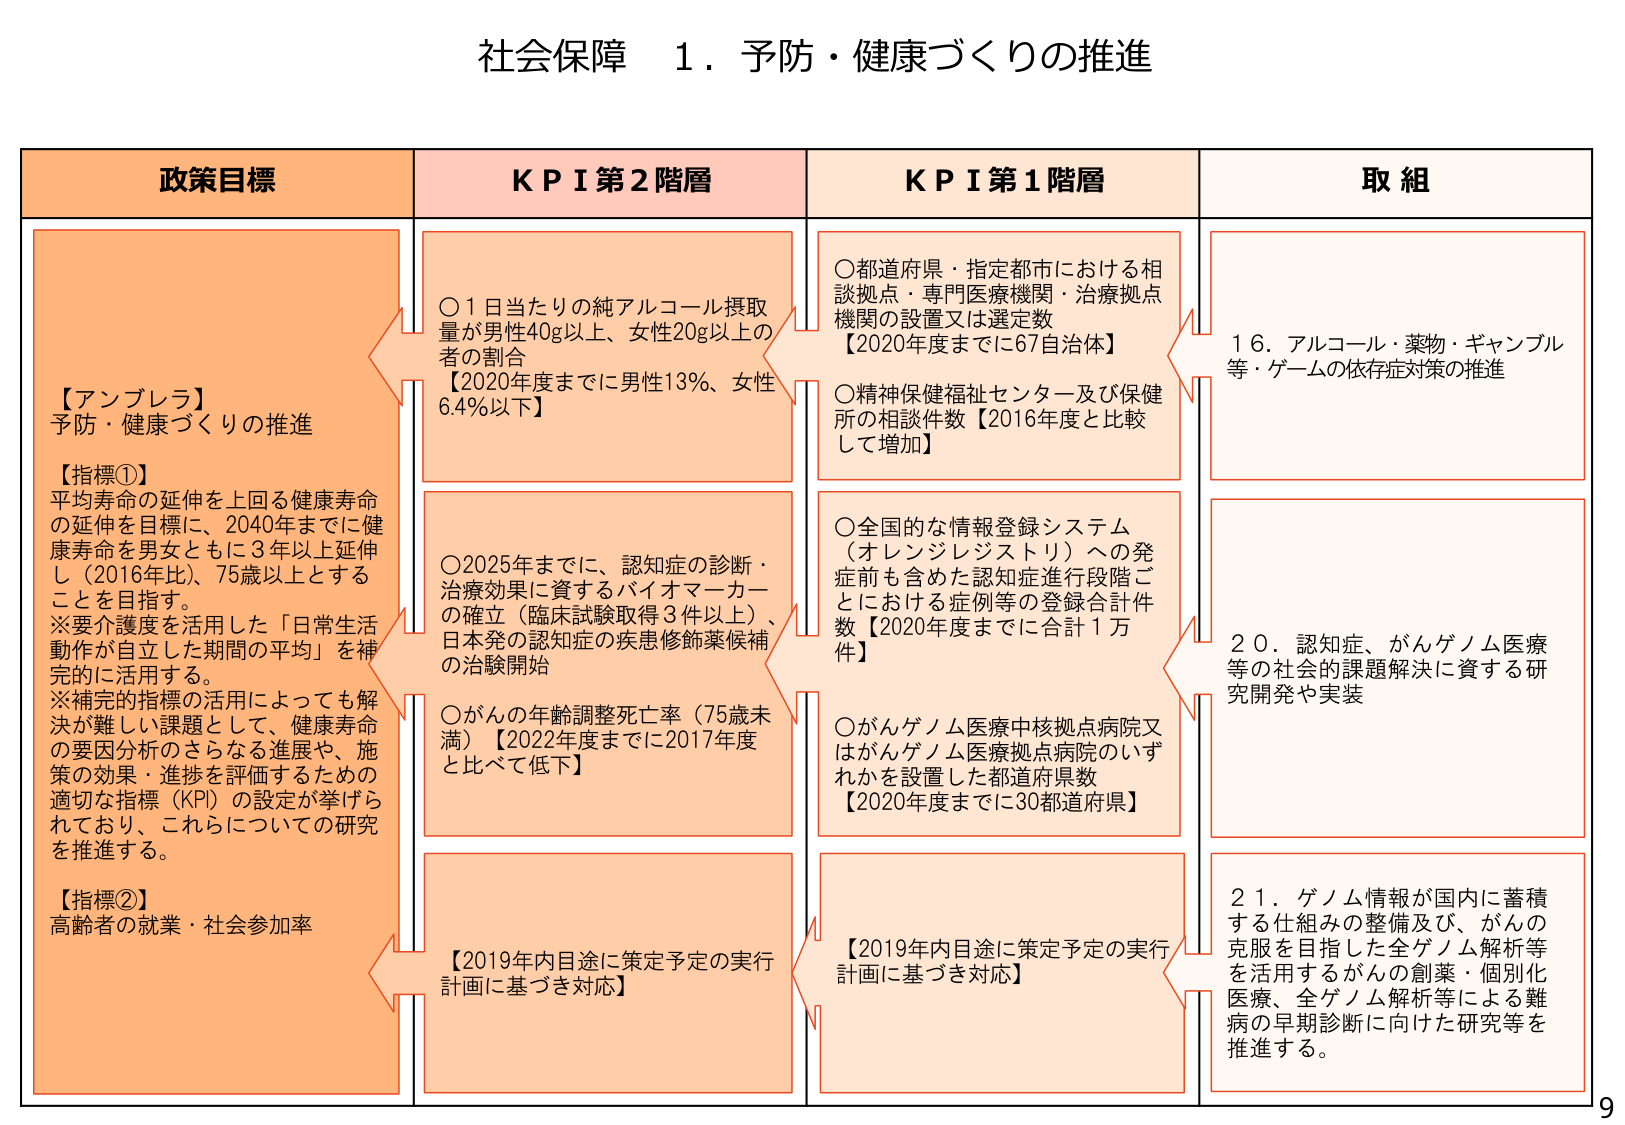
社会保障 １．予防・健康づくりの推進

政策目標
【アンブレラ】
予防・健康づくりの推進

【指標①】
平均寿命の延伸を上回る健康寿命
の延伸を目標に、2040年までに健
康寿命を男女ともに3年以上延伸
し（2016年比）、75歳以上とする
ことを目指す。
※要介護度を活用した「日常生活
動作が自立した期間の平均」を補
完的に活用する。
※補完的指標の活用によっても解
決が難しい課題として、健康寿命
の要因分析のさらなる進展や、施
策の効果・進捗を評価するための
適切な指標（KPI）の設定が挙げら
れており、これらについての研究
を推進する。

【指標②】
高齢者の就業・社会参加率

KPI 第2階層
○1日当たりの純アルコール摂取
量が男性40g以上、女性20g以上の
者の割合
【2020年度までに男性13%、女性
6.4%以下】

○2025年までに、認知症の診断・
治療効果に資するバイオマーカー
の確立（臨床試験取得3件以上）、
日本発の認知症の疾患修飾薬候補
の治験開始

○がんの年齢調整死亡率（75歳未
満）【2022年度までに2017年度
と比べて低下】

【2019年内目途に策定予定の実行
計画に基づき対応】

KPI 第1階層
○都道府県・指定都市における相
談拠点・専門医療機関・治療拠点
機関の設置又は選定数
【2020年度までに67自治体】

○精神保健福祉センター及び保健
所の相談件数【2016年度と比較
して増加】

○全国的な情報登録システム
（オレンジレジストリ）への発
症前も含めた認知症進行段階ご
とにおける症例等の登録合計件
数【2020年度までに合計1万
件】

○がんゲノム医療中核拠点病院又
はがんゲノム医療拠点病院のいず
れかを設置した都道府県数
【2020年度までに30都道府県】

【2019年内目途に策定予定の実行
計画に基づき対応】

取組
16．アルコール・薬物・ギャンブル
等・ゲームの依存症対策の推進

20．認知症、がんゲノム医療
等の社会的課題解決に資する研
究開発や実装

21．ゲノム情報が国内に蓄積
する仕組みの整備及び、がんの
克服を目指した全ゲノム解析等
を活用するがんの創薬・個別化
医療、全ゲノム解析等による難
病の早期診断に向けた研究等を
推進する。

9